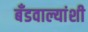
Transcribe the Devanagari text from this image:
बँडवाल्यांशी